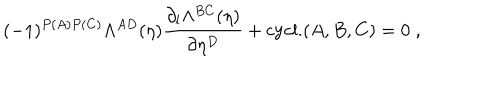
( - 1 ) ^ { P ( A ) P ( C ) } \Lambda ^ { A D } ( \eta ) \frac { \partial _ { l } \Lambda ^ { B C } ( \eta ) } { \partial \eta ^ { D } } + \mathrm { c y c l . } ( A , B , C ) = 0 \; ,